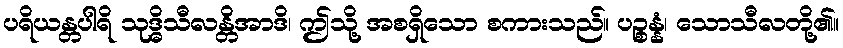
ပရိယန္တပါရိ သုဒ္ဓိသီလန္တိအာဒိ၊ ဤသို့ အစရှိသော စကားသည်။ ပဉ္စန္နံ၊ သောသီလတို့၏။